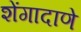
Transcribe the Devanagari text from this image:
शेंगादाणे